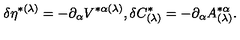
\delta \eta ^ { * ( \lambda ) } = - \partial _ { \alpha } V ^ { * \alpha ( \lambda ) } , \delta C _ { ( \lambda ) } ^ { * } = - \partial _ { \alpha } A _ { ( \lambda ) } ^ { * \alpha } .